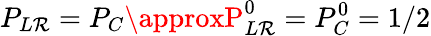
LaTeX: P_{L\mathcal{R}}=P_{C}\approxP_{L\mathcal{R}}^{0}=P_{C}^{0}=1/2